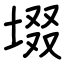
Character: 㙍